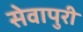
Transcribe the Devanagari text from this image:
सेवापुरी